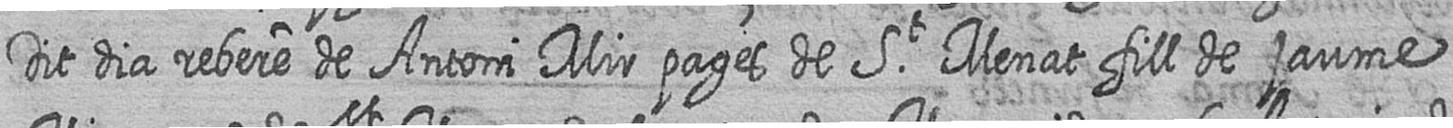
Dit dia rebere de Antoni Mir pages de St Menat fill de jaume